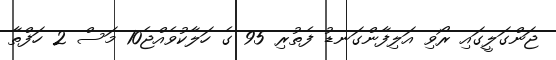
ޖަންގަލީގައި ރޯވި އަލިފާންގަނޑު ފެތުރި 95 ގެ ހަލާކުވެއްޖެ10 މަސް 2 ހަފްތާ